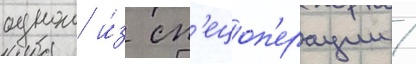
однои и́з сп'ецоп'ерации /